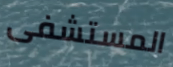
المستشفى